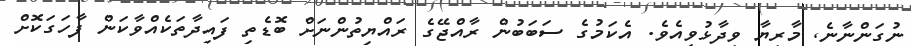
ނުގަންނާނެ